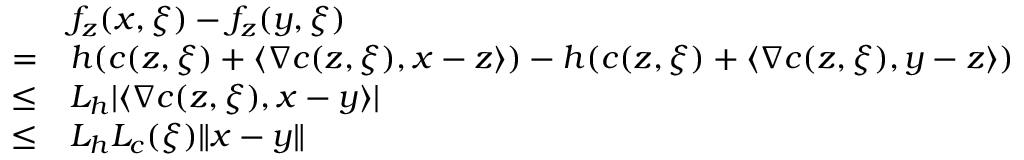
\begin{array} { r l } & { f _ { z } ( x , \xi ) - f _ { z } ( y , \xi ) } \\ { = } & { h ( c ( z , \xi ) + \langle \nabla c ( z , \xi ) , x - z \rangle ) - h ( c ( z , \xi ) + \langle \nabla c ( z , \xi ) , y - z \rangle ) } \\ { \leq } & { L _ { h } | \langle \nabla c ( z , \xi ) , x - y \rangle | } \\ { \leq } & { L _ { h } L _ { c } ( \xi ) \| x - y \| } \end{array}